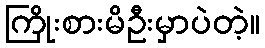
ကြိုးစားမိဦးမှာပဲတဲ့။